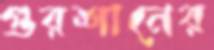
গুরশানের